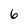
Character: 6